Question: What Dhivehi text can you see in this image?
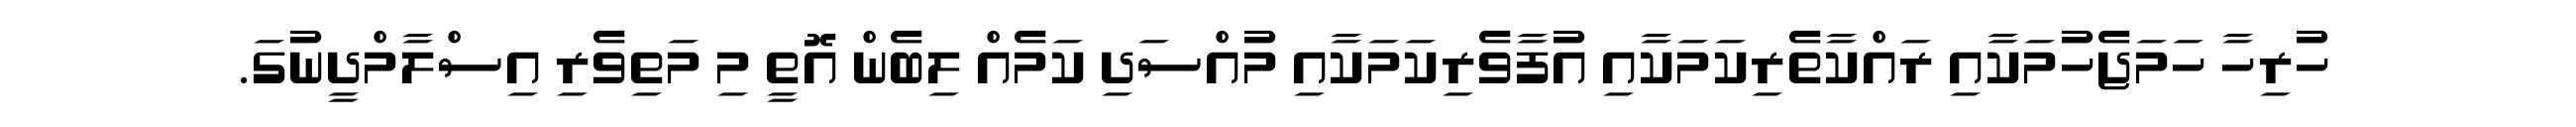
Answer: ހުރިހާ ހަމަޖެހުމަކާއި ރައްކާތެރިކަމަކާއި އުފާވެރިކަމަކާއި މުއްސަދި ކަމެއް ލިބެން އޮތީ މި މަތިވެރި އިސްލާމްދީނުގަ.